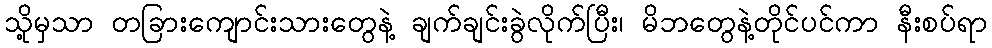
သို့မှသာ တခြားကျောင်းသားတွေနဲ့ ချက်ချင်းခွဲလိုက်ပြီး၊ မိဘတွေနဲ့တိုင်ပင်ကာ နီးစပ်ရာ